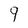
Character: 9